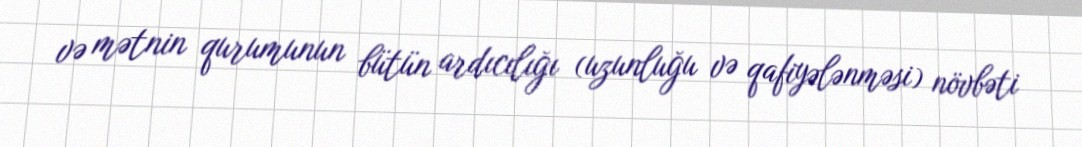
və mətnin qurumunun bütün ardıcılığı (uzunluğu və qafiyələnməsi) növbəti